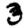
Digit: 3